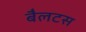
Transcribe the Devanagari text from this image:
बैलटस